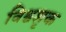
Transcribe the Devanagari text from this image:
विश्वशृक